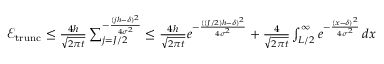
\begin{array} { r } { \mathcal { E } _ { \mathrm { t r u n c } } \leq \frac { 4 h } { \sqrt { 2 \pi t } } \sum _ { j = J / 2 } ^ { - \frac { ( j h - \delta ) ^ { 2 } } { 4 \sigma ^ { 2 } } } \leq \frac { 4 h } { \sqrt { 2 \pi t } } e ^ { - \frac { ( ( J / 2 ) h - \delta ) ^ { 2 } } { 4 \sigma ^ { 2 } } } + \frac { 4 } { \sqrt { 2 \pi t } } \int _ { L / 2 } ^ { \infty } e ^ { - \frac { ( x - \delta ) ^ { 2 } } { 4 \sigma ^ { 2 } } } \, d x } \end{array}